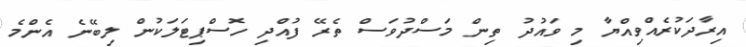
އިރާދަކުރެއްވިއްޔާ މި ވައުދު ތިން މަސްދުވަސް ތެރޭ ފުއްދި ހޮސްޕިޓަލަކުން ލިބޭނެ އެންމެ